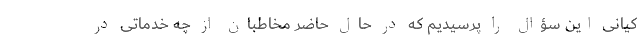
کیانی این سؤال را پرسیدیم که در حال حاضر مخاطبان از چه خدماتی در